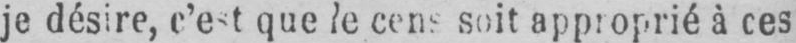
cens soit approprié à ces